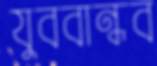
যুববান্ধব